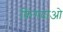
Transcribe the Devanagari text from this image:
क़िंगदाओ